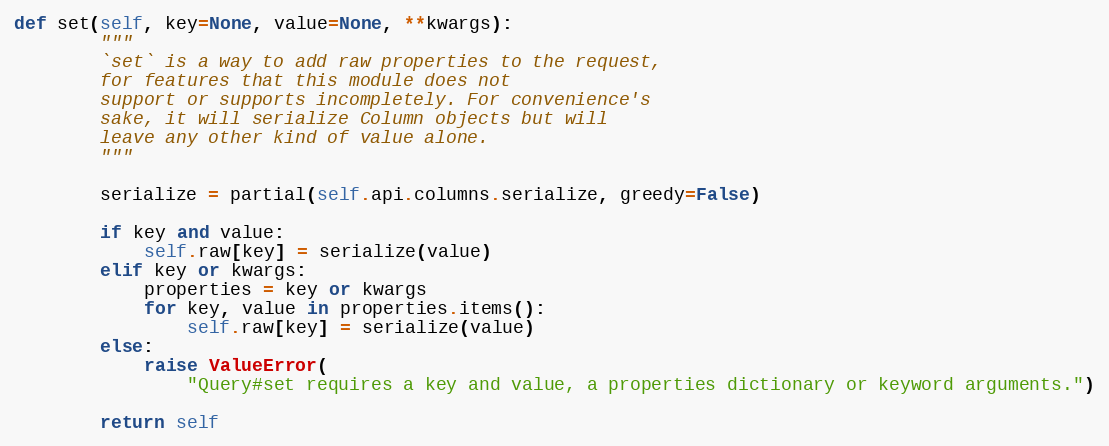
Language: Python
def set(self, key=None, value=None, **kwargs):
        """
        `set` is a way to add raw properties to the request,
        for features that this module does not
        support or supports incompletely. For convenience's
        sake, it will serialize Column objects but will
        leave any other kind of value alone.
        """

        serialize = partial(self.api.columns.serialize, greedy=False)

        if key and value:
            self.raw[key] = serialize(value)
        elif key or kwargs:
            properties = key or kwargs
            for key, value in properties.items():
                self.raw[key] = serialize(value)
        else:
            raise ValueError(
                "Query#set requires a key and value, a properties dictionary or keyword arguments.")

        return self